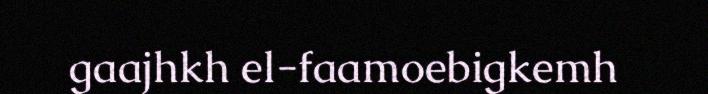
gaajhkh el-faamoebigkemh